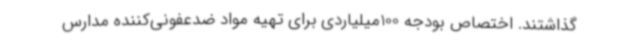
گذاشتند. اختصاص بودجه 100میلیاردی برای تهیه مواد ضدعفونی‌کننده مدارس